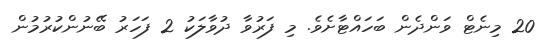
20 މިނެޓް ވަންދެން ބަހައްޓާށެވެ. މި ފަރުވާ ދުވާލަކު 2 ފަހަރު ބޭނުންކުރުމުން